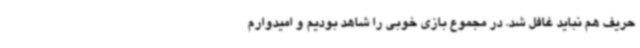
حریف هم نباید غافل شد. در مجموع بازی خوبی را شاهد بودیم و امیدوارم